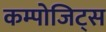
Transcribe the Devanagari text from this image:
कम्पोजिट्स